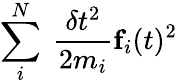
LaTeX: \sum_{i}^{N}\ \frac{\delta t^{2}}{2m_{i}}\textbf{f}_{i}(t)^{2}